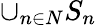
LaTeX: \cup_{n\in N}S_{n}